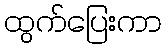
ထွက်ပြေးကာ